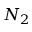
N _ { 2 }